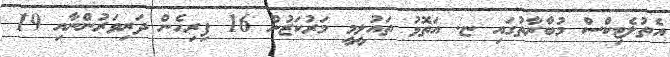
އެތުލެޓިކްސް މުބާރާތުގައި ޏ. އަތޮޅު ތައުލީމީ މަރުކަޒުން 16 ފިރިހެން ދަރިވަރުންނާއި 19